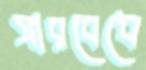
সারবেধে